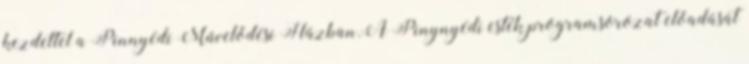
kezdettel a Pinnyédi Művelődési Házban.A Pinynyédi esték programsorozat előadását